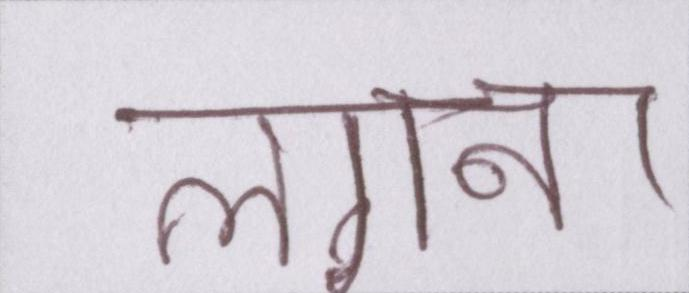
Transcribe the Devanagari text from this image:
लगना